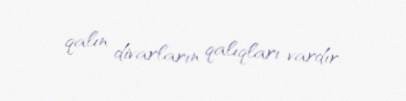
qalın divarların qalıqları vardır.